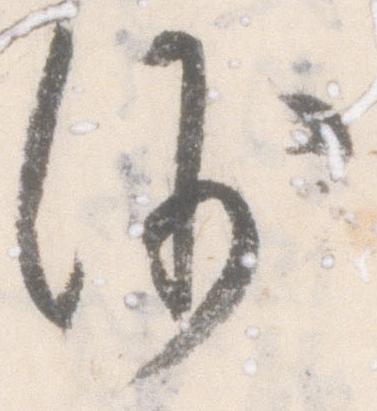
沙